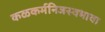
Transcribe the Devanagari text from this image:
कळकर्मनिजस्वभावा